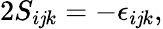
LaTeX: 2S_{i\mathit{j}k}=-\epsilon_{i\mathit{j}k},